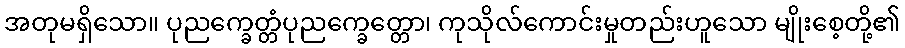
အတုမရှိသော။ ပုညက္ခေတ္တံပုညက္ခေတ္တော၊ ကုသိုလ်ကောင်းမှုတည်းဟူသော မျိုးစေ့တို့၏